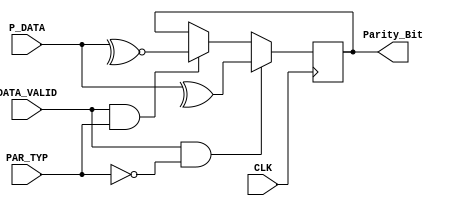
module UART_Tx_ParCalc (
    input       wire       [7:0]        P_DATA,
    input       wire                    DATA_VALID,
    input       wire                    PAR_TYP,
    input       wire                    CLK,
    output      reg                     Parity_Bit
);

always @ (posedge CLK)
    begin
        if (DATA_VALID && !PAR_TYP)
            Parity_Bit <= ^P_DATA;
        else if (DATA_VALID && PAR_TYP)
            Parity_Bit <= ~^P_DATA;
    end

endmodule